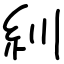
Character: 紃